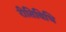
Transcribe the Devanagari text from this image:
रीतिविधि